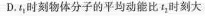
D.t_{1}时刻物体分子的平均动能比_{2}时刻大